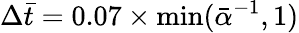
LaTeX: \Delta\bar{t}=0.07\times\operatorname*{min}(\bar{\alpha}^{-1},1)